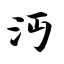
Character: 沔